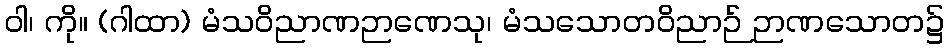
ဝါ၊ ကို။ (ဂါထာ) မံသဝိညာဏဉာဏေသု၊ မံသသောတဝိညာဉ် ဉာဏသောတ၌